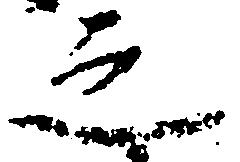
之